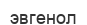
эвгенол